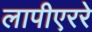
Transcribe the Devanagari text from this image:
लापीएररे